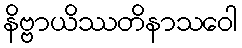
နိဗ္ဗာယိဿတိနာသဝေါ